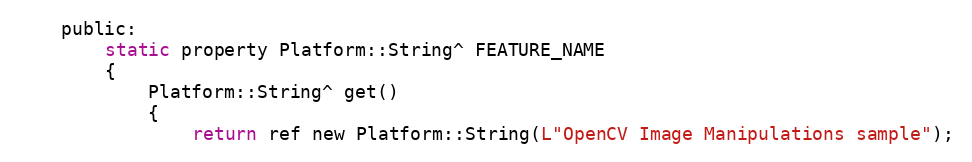
Language: C
    public:
        static property Platform::String^ FEATURE_NAME
        {
            Platform::String^ get()
            {
                return ref new Platform::String(L"OpenCV Image Manipulations sample");